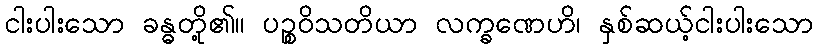
ငါးပါးသော ခန္ဓတို့၏။ ပဉ္စဝိသတိယာ လက္ခဏေဟိ၊ နှစ်ဆယ့်ငါးပါးသော